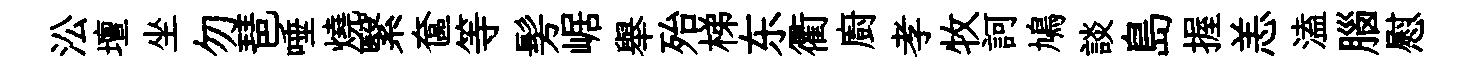
㳂壇坐勿琶唾燒繄奩等髣崌舉殆梯东衢廚孝牧訶鳩談島握恙溘腦慰